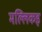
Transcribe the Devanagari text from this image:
मल्लिकइ